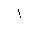
Letter: _alif